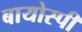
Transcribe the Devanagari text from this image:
बायोस्पी